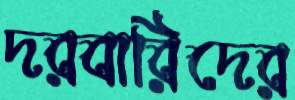
দরবারিদের